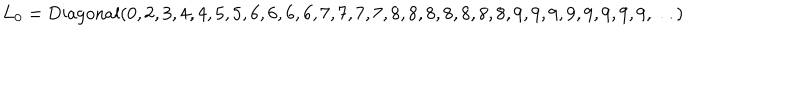
L _ { 0 } = \mathrm { D i a g o n a l } ( 0 , 2 , 3 , 4 , 4 , 5 , 5 , 6 , 6 , 6 , 6 , 7 , 7 , 7 , 7 , 8 , 8 , 8 , 8 , 8 , 8 , 8 , 9 , 9 , 9 , 9 , 9 , 9 , 9 , 9 , \ldots )